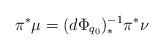
LaTeX: \begin{align*}\pi^*\mu = (d\Phi_{q_0})^{-1}_* \pi^* \nu \end{align*}